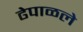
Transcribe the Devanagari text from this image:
ढेपाळले